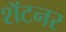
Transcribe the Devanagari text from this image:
शॅटनर